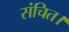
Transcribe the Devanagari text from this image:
संचित।